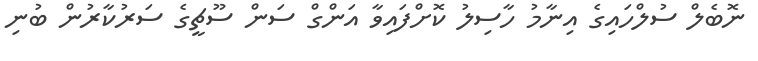
ނޮބެލް ސުލްހައިގެ އިނާމު ހާސިލު ކޮށްފައިވާ އަންގް ސަން ސޫޗީގެ ސަރުކާރުން ބުނި